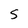
Character: S